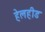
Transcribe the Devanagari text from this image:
हेलहीड